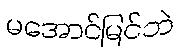
မအောင်မြင်ဘဲ